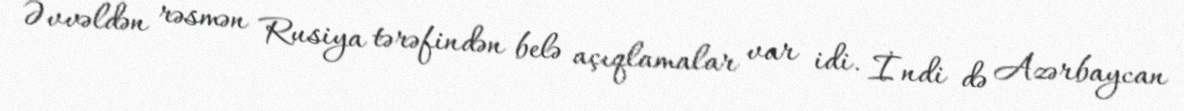
Əvvəldən rəsmən Rusiya tərəfindən belə açıqlamalar var idi. İndi də Azərbaycan